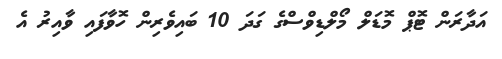
އަދާރަން ޓޮޕް މޮޑަލް މޯލްޑިވްސްގެ ގަދަ 10 ބައިވެރިން ހޮވާފައި ވާއިރު އެ